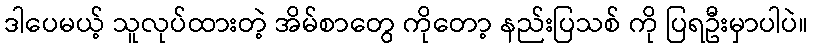
ဒါပေမယ့် သူလုပ်ထားတဲ့ အိမ်စာတွေ ကိုတော့ နည်းပြသစ် ကို ပြရဦးမှာပါပဲ။